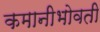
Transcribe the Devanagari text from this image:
कमानीभोवती